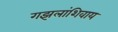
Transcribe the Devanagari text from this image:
गझलांशिवाय